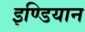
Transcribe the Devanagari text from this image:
इण्डियान